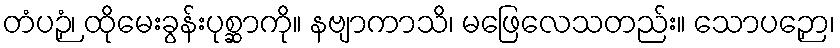
တံပဉှံ၊ ထိုမေးခွန်းပုစ္ဆာကို။ နဗျာကာသိ၊ မဖြေလေသတည်း။ သောပဉှော၊